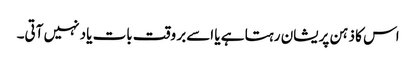
اس کا ذہن پریشان رہتا ہے یا اسےبر وقت بات یاد نہیں آتی۔